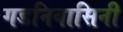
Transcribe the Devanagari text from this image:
गडनिवासिनी